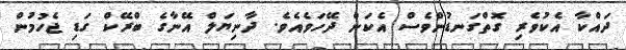
ދައްކާ އެކުވެރި ގޮތްގަނޑުންވެސް އެކަން ދޭހަވެއެވެ. ދާނިޔަލް އޭނާގެ ބްރޭކް ގަޑި ޖެހުމުން